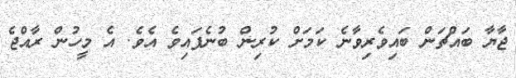
ޖާޔާ ބައްޗަން ބައިވެރިވާނެ ކަމަށް ކުރިން ބުނެފައިވެ އެވެ. އެ މީހުން ރާއްޖެ